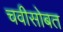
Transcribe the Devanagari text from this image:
चवीसोबत